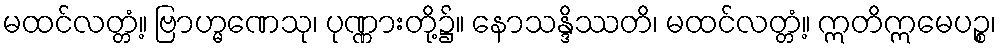
မထင်လတ္တံ့။ ဗြာဟ္မဏေသု၊ ပုဏ္ဏားတို့၌။ နောသန္ဒိဿတိ၊ မထင်လတ္တံ့။ ဣတိဣမေပဉ္စ၊